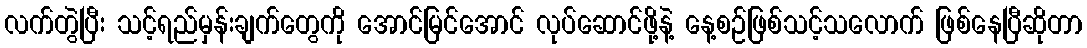
လက်တွဲပြီး သင့်ရည်မှန်းချက်တွေကို အောင်မြင်အောင် လုပ်ဆောင်ဖို့နဲ့ နေ့စဉ်ဖြစ်သင့်သလောက် ဖြစ်နေပြီဆိုတာ